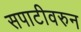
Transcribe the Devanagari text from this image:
सपाटीवरुन